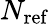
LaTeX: N_{\mathrm{ref}}